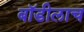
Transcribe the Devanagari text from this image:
बॉडीलाच